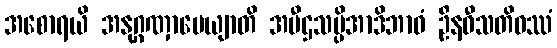
အစောရယိ အနုဂ္ဂဏှာပေယျာတိ အပီဌသပ္ပိအာဒိဘာဝံ ဦနဝီသတိဝဿံ